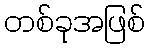
တစ်ခုအဖြစ်